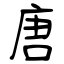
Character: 唐